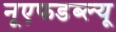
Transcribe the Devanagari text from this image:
नूएफडब्ल्यू